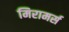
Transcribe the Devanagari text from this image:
मिरामर्स